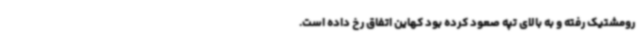
رومشتیک رفته و به بالای تپه صعود کرده بود کهاین اتفاق رخ داده است.